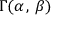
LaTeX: \Gamma ( \alpha \, , \, \beta )